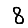
Digit: 8